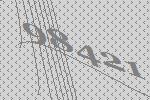
98421